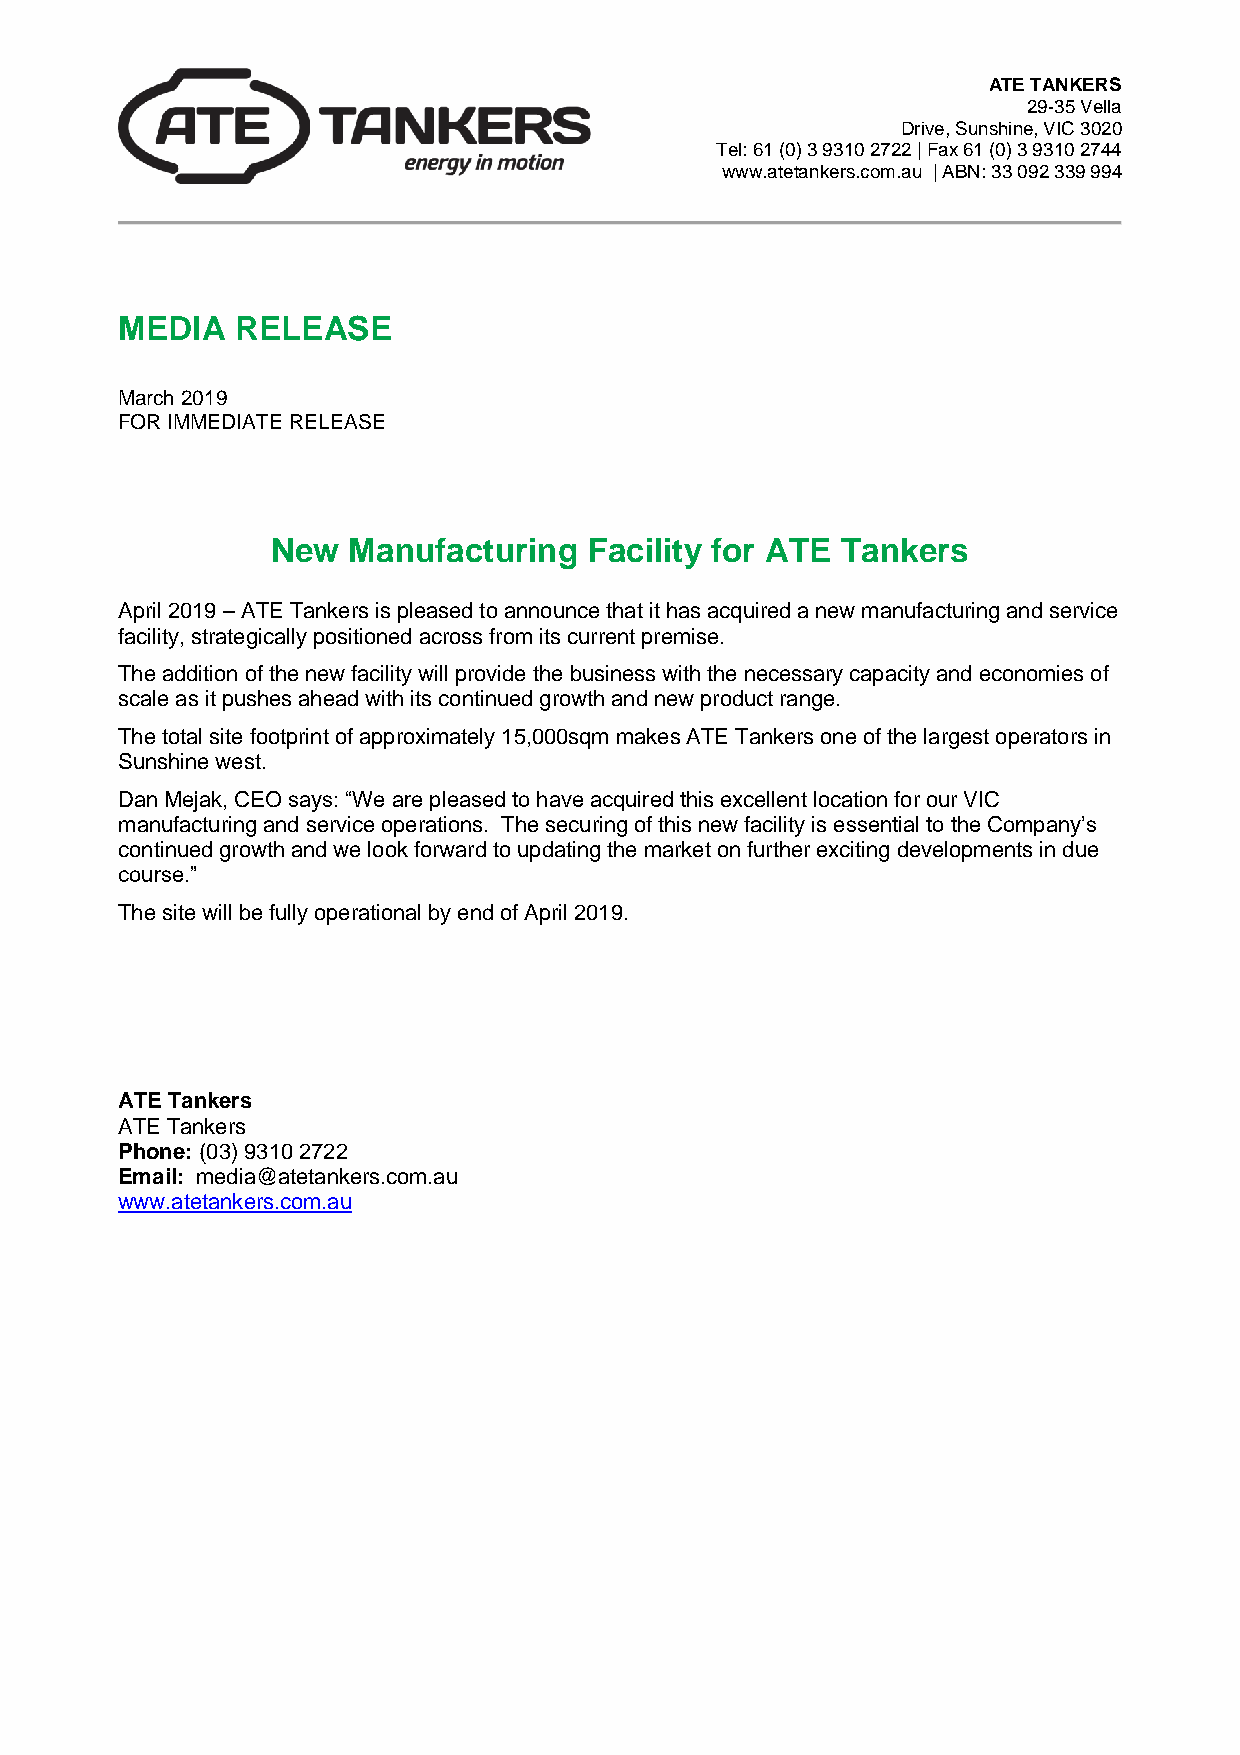
ATE TANKERS
 29-35 Vella
 Drive, Sunshine, VIC 3020
 Tel: 61 (0) 3 9310 2722 | Fax 61 (0) 3 9310 2744
 www.atetankers.com.au | ABN: 33 092 339 994
 MEDIA   RELEASE
 March 2019
 FOR IMMEDIATE RELEASE
 New  Manufacturing   Facility for ATE Tankers
 April 2019 – ATE Tankers is pleased to announce that it has acquired a new manufacturing and service
 facility, strategically positioned across from its current premise.
 The addition of the new facility will provide the business with the necessary capacity and economies of
 scale as it pushes ahead with its continued growth and new product range.
 The total site footprint of approximately 15,000sqm makes ATE Tankers one of the largest operators in
 Sunshine west.
 Dan Mejak, CEO says: “We are pleased to have acquired this excellent location for our VIC
 manufacturing and service operations. The securing of this new facility is essential to the Company’s
 continued growth and we look forward to updating the market on further exciting developments in due
 course.”
 The site will be fully operational by end of April 2019.
 ATE Tankers
 ATE Tankers
 Phone: (03) 9310 2722
 Email: media@atetankers.com.au
 www.atetankers.com.au